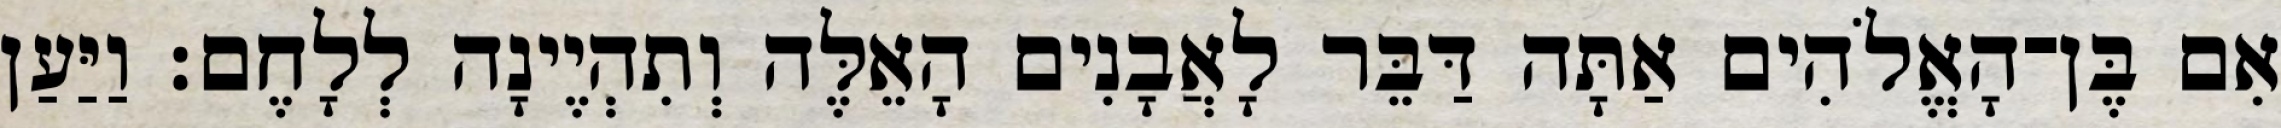
אִם בֶּן־הָאֱלֹהִים אַתָּה דַּבֵּר לָאֲבָנִים הָאֵלֶּה וְתִהְיֶינָה לְלָחֶם׃ וַיַּעַן